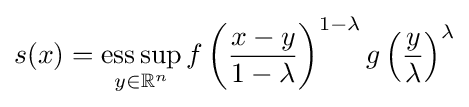
s(x)=\mathop {\mathrm {ess\,sup} } _{y\in \mathbb {R} ^{n}}f\left({\frac {x-y}{1-\lambda }}\right)^{1-\lambda }g\left({\frac {y}{\lambda }}\right)^{\lambda }